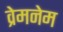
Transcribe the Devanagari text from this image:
व्रेमनेम